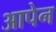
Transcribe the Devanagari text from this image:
आपेन